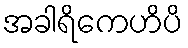
အခါရိကေဟိပိ